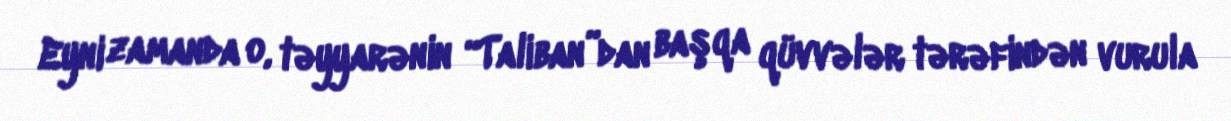
Eyni zamanda o, təyyarənin “Taliban”dan başqa qüvvələr tərəfindən vurula